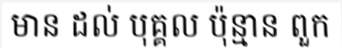
មាន ដល់ បុគ្គល ប៉ុន្មាន ពួក